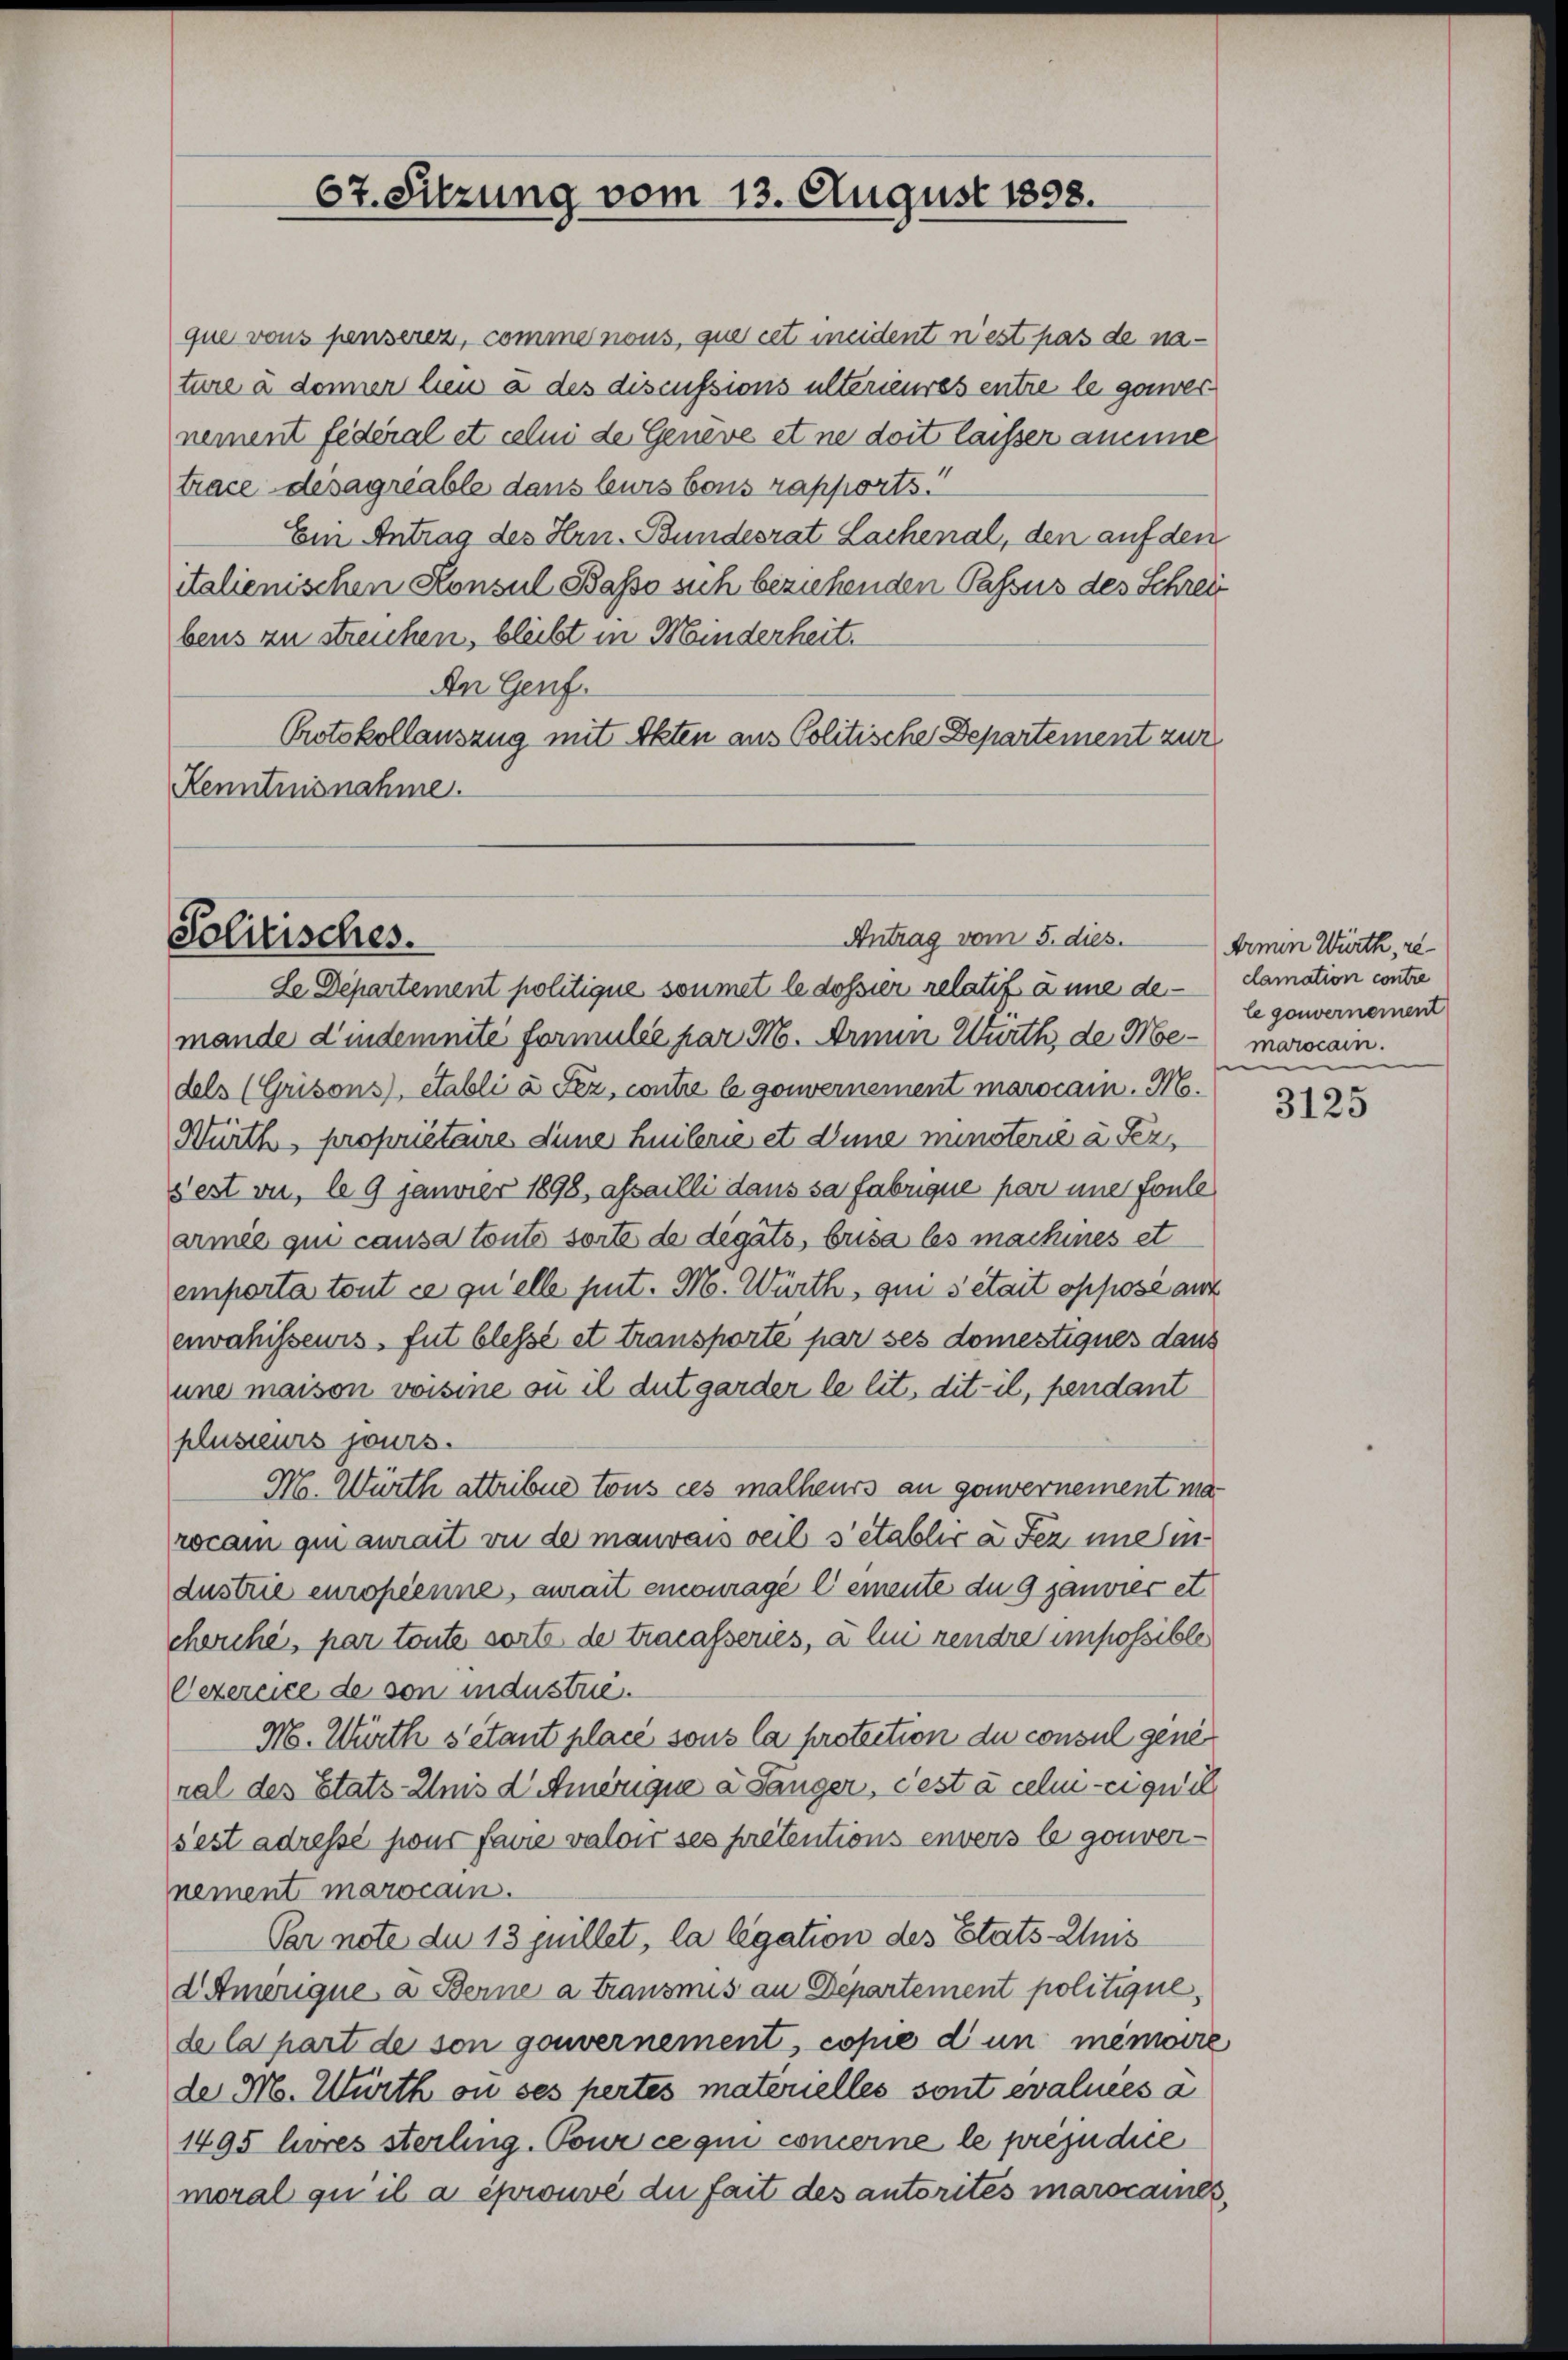
67. Sitzung vom 13. August 1898.

que vons pensere, comme nous, que cet meident n’est pas de nature à donner lieu à des discussions ulterieures entre le ganzes
nement federal et celui de Geneve et ne doit laisser aneine
trace désagriable dans leurs bons rapports.
Ein Antrag des Hrn. Bundesrat Lachenal, den auf den
italienischen Konsul Basso sich beziehenden Passus des Schreit
bens zu streichen, bleibt in Manderheit.
An Genf.
Protokollauszug mit Akten aus Politische Departement zur
Kenntnisnahme.

Antrag vom 5. dies.
Solitisches.

Le Departement politique soumet le dossier relatif à une de
mande d’indemnité formulie par M. Armin Würth, de Memorocain.
dels (Grisons), etabli à Fez, contre l gouvernement marocain. M.
Würth, propriétaire dene Heilerie et d’une minsterie à Fez,
sest vie, le 9 Janvier 1898, afsailli dans sa fabrique par une Foule
armée qui causa toute sorte de digato, brica les machines et
emporta tout ce qu’elle heut. M. Würth, qui sétait opposé aut
erwahisseurs, fut blesse et transporté par ses domestiques dans
une maison voisine ou il dutgarder le lit. dit-il, pendant
plusieurs jours.
M. Würth attribue tous ces malheurs an gouvernement ma
rocam qui aurait ou de mauvais weil s’établir à Fez uneindustrie europienne, aurait encouragé Cemente du 9 janvier et
cherche, par toute sorte de tracasseries, à lui rendre impossible
Oezercice de son industrie.
M. Würth s’étant placé sous la protection du consul gene
ral des Etats-Anis d Amerique à Länger, Pest à celui-ciquid
sest adressé sous faire valoir ses prétentions envers le gouvernement marocain.
Par note du 13 quillet, la legation des Etats- Auis
d Amerique, a Berne a transmis an Departement politique.
de la part de son gouvernement, copie d un minire
de M. Würth ou ses pertes materielles sont évaluées a
1495 höres sterling. Pour ce qui concerne le préjudice
moral qu’ il a éprouvé du fait des autorités marocames,

Armin Würth, re
clamation contre
le gouvernement
i

3125